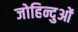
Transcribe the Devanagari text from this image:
जोहिन्दुओं